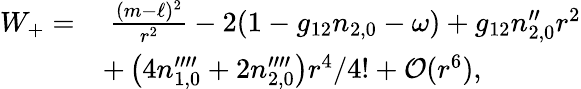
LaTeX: \begin{array}{rl}{W_{+}=}&{\ \frac{(m-\ell)^{2}}{r^{2}}-2(1-g_{12}n_{2,0}-\omega)+g_{12}n_{2,0}^{\prime\prime}r^{2}}\\ &{+\left(4n_{1,0}^{\prime\prime\prime\prime}+2n_{2,0}^{\prime\prime\prime\prime}\right)r^{4}/4!+\mathcal{O}(r^{6}),}\end{array}